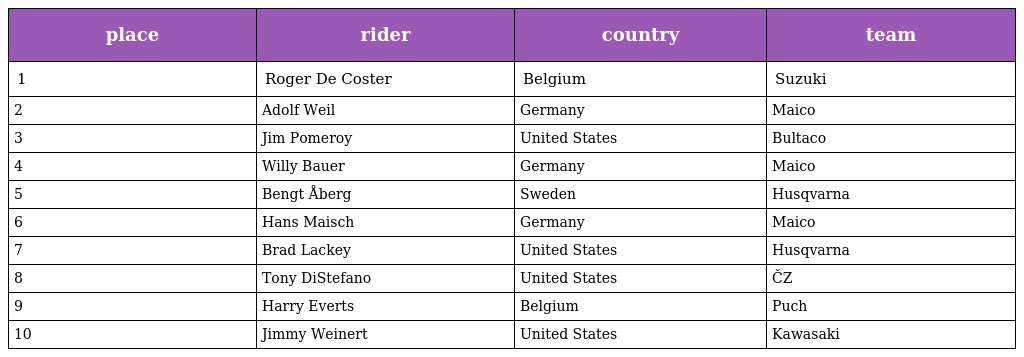
| place | rider | country | team |
 | --- | --- | --- | --- |
 | 1 | Roger De Coster | Belgium | Suzuki |
 | 2 | Adolf Weil | Germany | Maico |
 | 3 | Jim Pomeroy | United States | Bultaco |
 | 4 | Willy Bauer | Germany | Maico |
 | 5 | Bengt Åberg | Sweden | Husqvarna |
 | 6 | Hans Maisch | Germany | Maico |
 | 7 | Brad Lackey | United States | Husqvarna |
 | 8 | Tony DiStefano | United States | ČZ |
 | 9 | Harry Everts | Belgium | Puch |
 | 10 | Jimmy Weinert | United States | Kawasaki |